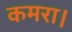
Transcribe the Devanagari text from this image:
कमरा।